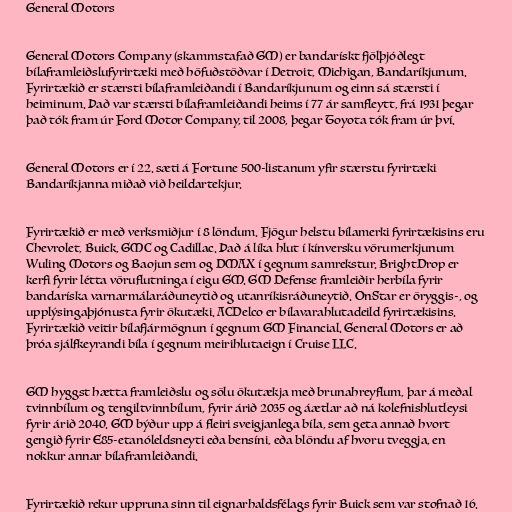
General Motors

General Motors Company (skammstafað GM) er bandarískt fjölþjóðlegt
bílaframleiðslufyrirtæki með höfuðstöðvar í Detroit, Michigan, Bandaríkjunum.
Fyrirtækið er stærsti bílaframleiðandi í Bandaríkjunum og einn sá stærsti í
heiminum. Það var stærsti bílaframleiðandi heims í 77 ár samfleytt, frá 1931 þegar
það tók fram úr Ford Motor Company, til 2008, þegar Toyota tók fram úr því.

General Motors er í 22. sæti á Fortune 500-listanum yfir stærstu fyrirtæki
Bandaríkjanna miðað við heildartekjur.

Fyrirtækið er með verksmiðjur í 8 löndum. Fjögur helstu bílamerki fyrirtækisins eru
Chevrolet, Buick, GMC og Cadillac. Það á líka hlut í kínversku vörumerkjunum
Wuling Motors og Baojun sem og DMAX í gegnum samrekstur. BrightDrop er
kerfi fyrir létta vöruflutninga í eigu GM. GM Defense framleiðir herbíla fyrir
bandaríska varnarmálaráðuneytið og utanríkisráðuneytið. OnStar er öryggis-, og
upplýsingaþjónusta fyrir ökutæki. ACDelco er bílavarahlutadeild fyrirtækisins.
Fyrirtækið veitir bílafjármögnun í gegnum GM Financial. General Motors er að
þróa sjálfkeyrandi bíla í gegnum meirihlutaeign í Cruise LLC.

GM hyggst hætta framleiðslu og sölu ökutækja með brunahreyflum, þar á meðal
tvinnbílum og tengiltvinnbílum, fyrir árið 2035 og áætlar að ná kolefnishlutleysi
fyrir árið 2040. GM býður upp á fleiri sveigjanlega bíla, sem geta annað hvort
gengið fyrir E85-etanóleldsneyti eða bensíni, eða blöndu af hvoru tveggja, en
nokkur annar bílaframleiðandi.

Fyrirtækið rekur uppruna sinn til eignarhaldsfélags fyrir Buick sem var stofnað 16.